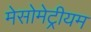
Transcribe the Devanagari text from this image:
मेसोमेट्रीयम